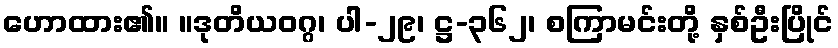
ဟောထား၏။ ။ဒုတိယဝဂ္ဂ၊ ပါ-၂၉၊ ဋ္ဌ-၃၆၂၊ စကြာမင်းတို့ နှစ်ဦးပြိုင်